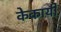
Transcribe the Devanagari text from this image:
केकायी